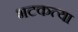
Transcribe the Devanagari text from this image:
भटकत्या